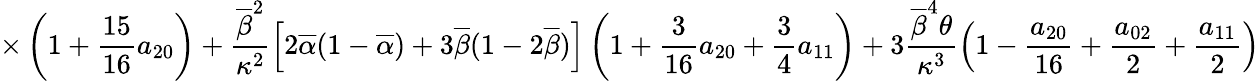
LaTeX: \displaystyle{\times\left(1+\frac{15}{16}a_{20}\right)+\frac{\overline{{\beta}}^{2}}{\kappa^{2}}\left[2\overline{{\alpha}}(1-\overline{{\alpha}})+3\overline{{\beta}}(1-2\overline{{\beta}})\right]\left(1+\frac{3}{16}a_{20}+\frac{3}{4}a_{11}\right)+3\frac{\overline{{\beta}}^{4}\theta}{\kappa^{3}}\left(1-\frac{a_{20}}{16}+\frac{a_{02}}{2}+\frac{a_{11}}{2}\right)}